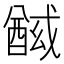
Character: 𰼍